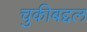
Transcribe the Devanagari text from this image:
चुकीबद्दल